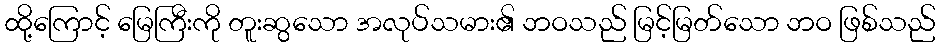
ထို့ကြောင့် မြေကြီးကို တူးဆွသော အလုပ်သမား၏ ဘဝသည် မြင့်မြတ်သော ဘဝ ဖြစ်သည်